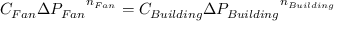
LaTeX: C _ { F a n } { { \Delta } P _ { F a n } } ^ { n _ { F a n } } = C _ { B u i l d i n g } { { \Delta } P _ { B u i l d i n g } } ^ { n _ { B u i l d i n g } } \,